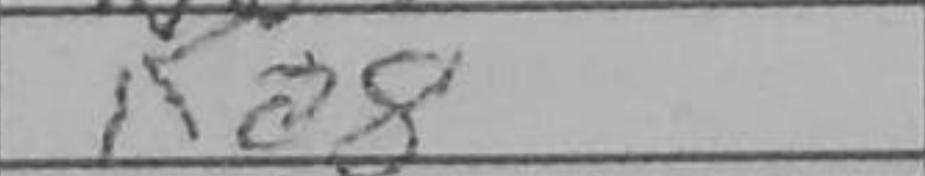
Transcription: Ka8